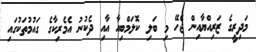
މަދިރީގެ ޒަރިއްޔާއިން ޖެހޭ މި ބަލި ކޮލަމްބިއާ އާއި ދެކުނު އެމެރިކާގެ ގައުމުތަކުގައި